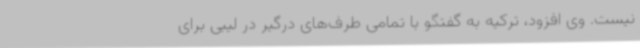
نیست. وی افزود، ترکیه به گفتگو با تمامی طرف‌های درگیر در لیبی برای